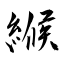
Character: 緱